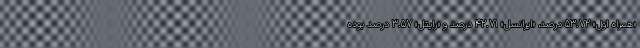
«همراه اول» 53.72 درصد، «ایرانسل» 42.71 درصد و «رایتل» 3.57 درصد بوده